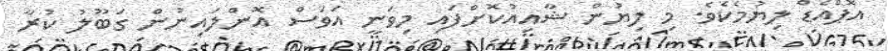
އޮޕްއެޑް ލިޔުމެކެވެ. މި ލިޔުން ޝާއިއުކޮށްފައި މިވަނީ އަވަސް އޮންލައިނުން ގަބޫލު ކުރާ